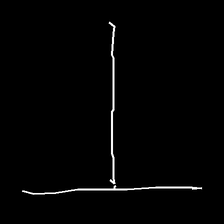
Glyph: column